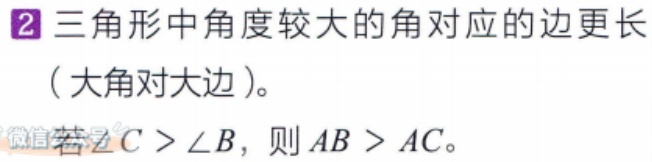
2 三角形中角度较大的角对应的边更长

（大角对大边）。

若\(\angle C > \angle B\)，则\(AB > AC\)。